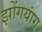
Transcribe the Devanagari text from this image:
झोंगयांग